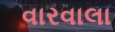
વારવાલા